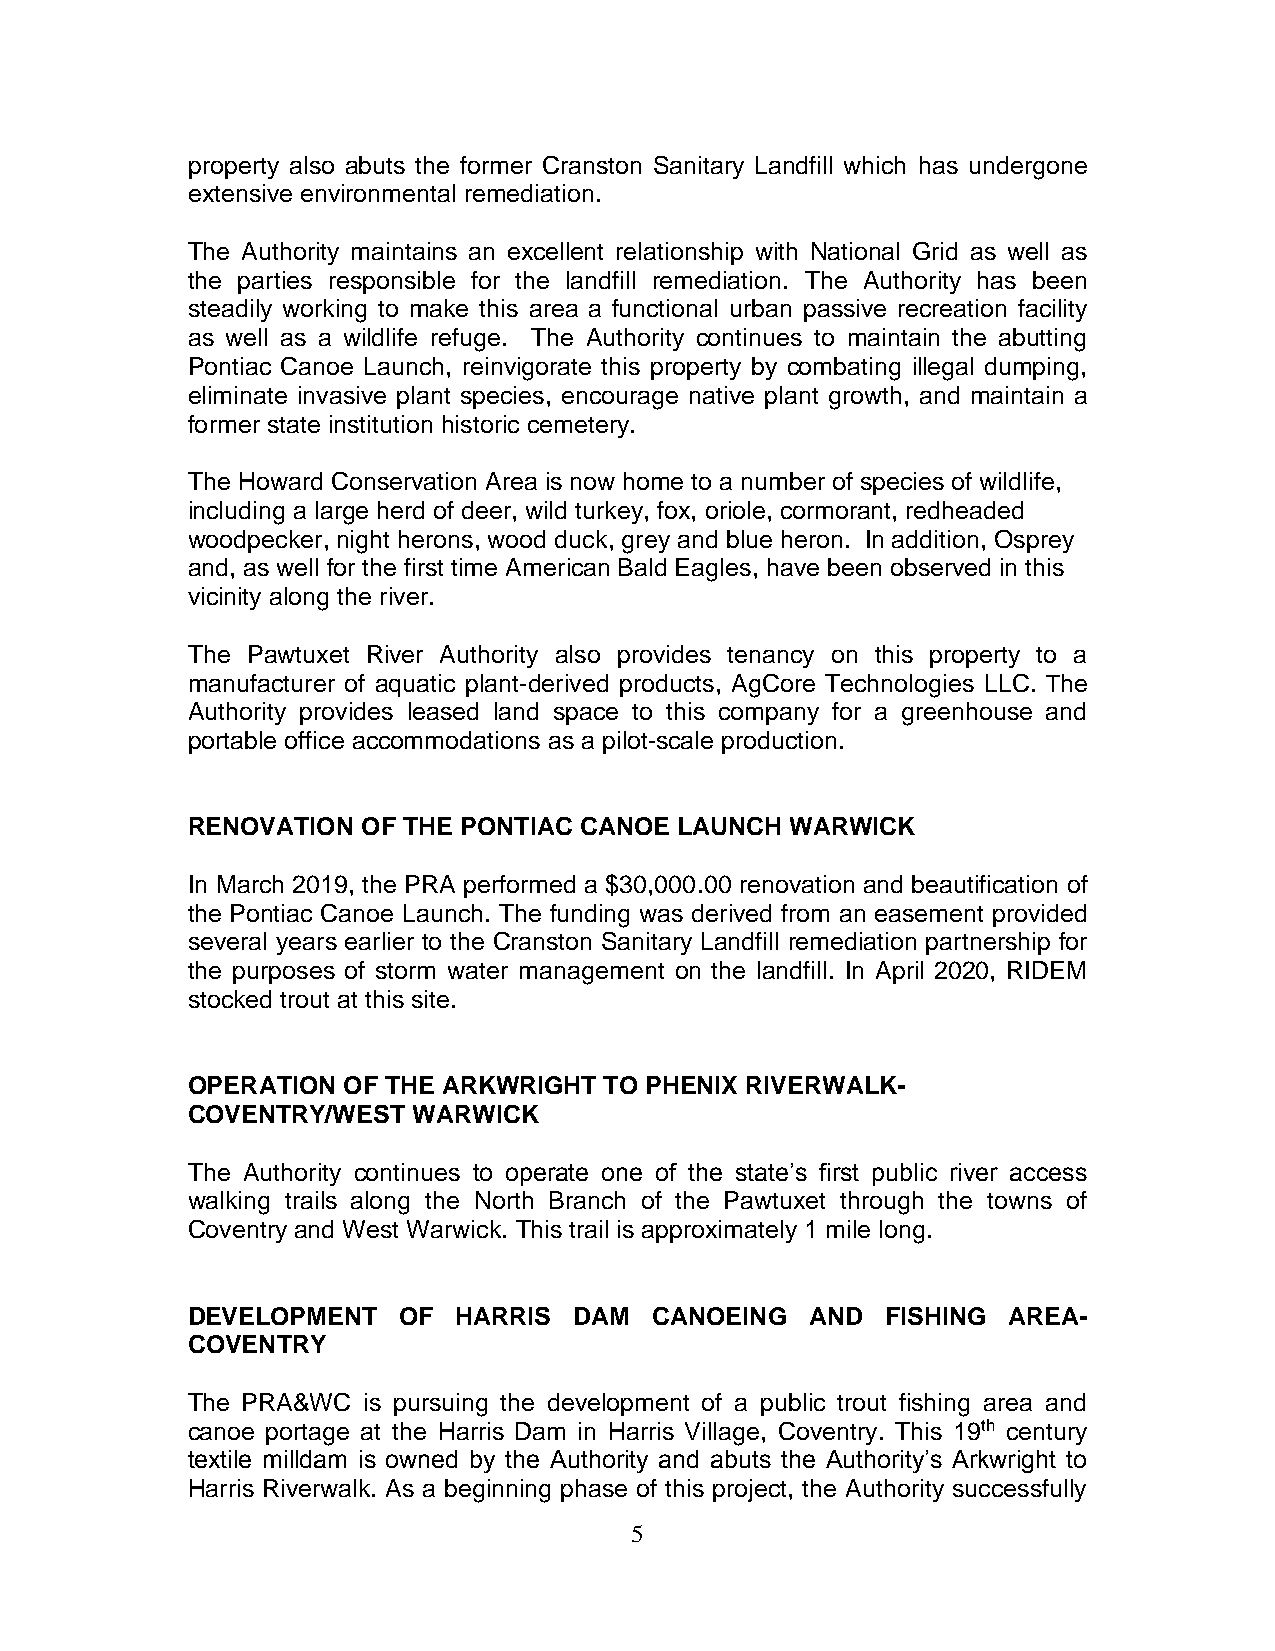
property also abuts the former Cranston Sanitary Landfill which has undergone
 extensive environmental remediation.
 The Authority maintains an excellent relationship with National Grid as well as
 the parties responsible for the landfill remediation. The Authority has been
 steadily working to make this area a functional urban passive recreation facility
 as well as a wildlife refuge. The Authority continues to maintain the abutting
 Pontiac Canoe Launch, reinvigorate this property by combating illegal dumping,
 eliminate invasive plant species, encourage native plant growth, and maintain a
 former state institution historic cemetery.
 The Howard Conservation Area is now home to a number of species of wildlife,
 including a large herd of deer, wild turkey, fox, oriole, cormorant, redheaded
 woodpecker, night herons, wood duck, grey and blue heron. In addition, Osprey
 and, as well for the first time American Bald Eagles, have been observed in this
 vicinity along the river.
 The Pawtuxet River Authority also provides tenancy on this property to a
 manufacturer of aquatic plant-derived products, AgCore Technologies LLC. The
 Authority provides leased land space to this company for a greenhouse and
 portable office accommodations as a pilot-scale production.
 RENOVATION  OF THE PONTIAC CANOE LAUNCH WARWICK
 In March 2019, the PRA performed a $30,000.00 renovation and beautification of
 the Pontiac Canoe Launch. The funding was derived from an easement provided
 several years earlier to the Cranston Sanitary Landfill remediation partnership for
 the purposes of storm water management on the landfill. In April 2020, RIDEM
 stocked trout at this site.
 OPERATION  OF THE ARKWRIGHT TO PHENIX RIVERWALK-
 COVENTRY/WEST  WARWICK
 The Authority continues to operate one of the state’s first public river access
 walking trails along the North Branch of the Pawtuxet through the towns of
 Coventry and West Warwick. This trail is approximately 1 mile long.
 DEVELOPMENT   OF  HARRIS  DAM  CANOEING   AND  FISHING AREA-
 COVENTRY
 The PRA&WC  is pursuing the development of a public trout fishing area and
 canoe portage at the Harris Dam in Harris Village, Coventry. This 19th century
 textile milldam is owned by the Authority and abuts the Authority’s Arkwright to
 Harris Riverwalk. As a beginning phase of this project, the Authority successfully
 5